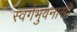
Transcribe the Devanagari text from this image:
स्वर्गभुवनासी